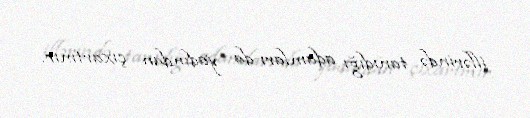
illərində tanıdığı adamları da yadından çıxartmır.